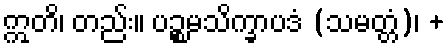
ဣတိ၊ တည်း။ ပဉ္စမသိက္ခာပဒံ (သမတ္တံ)၊ +